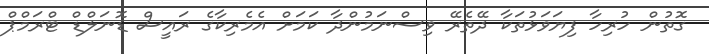
ގޮތުން ހުރިހާ ފިޔަވަޅުތަކާ ދޭތެރޭ ވިސްނަމުންދާ ކަމަށް އެމެރިކާގެ ރައީސް ޑޮނަލްޑް ޓްރަމްޕް